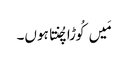
مَیں کُوڑا چُنتا ہوں۔